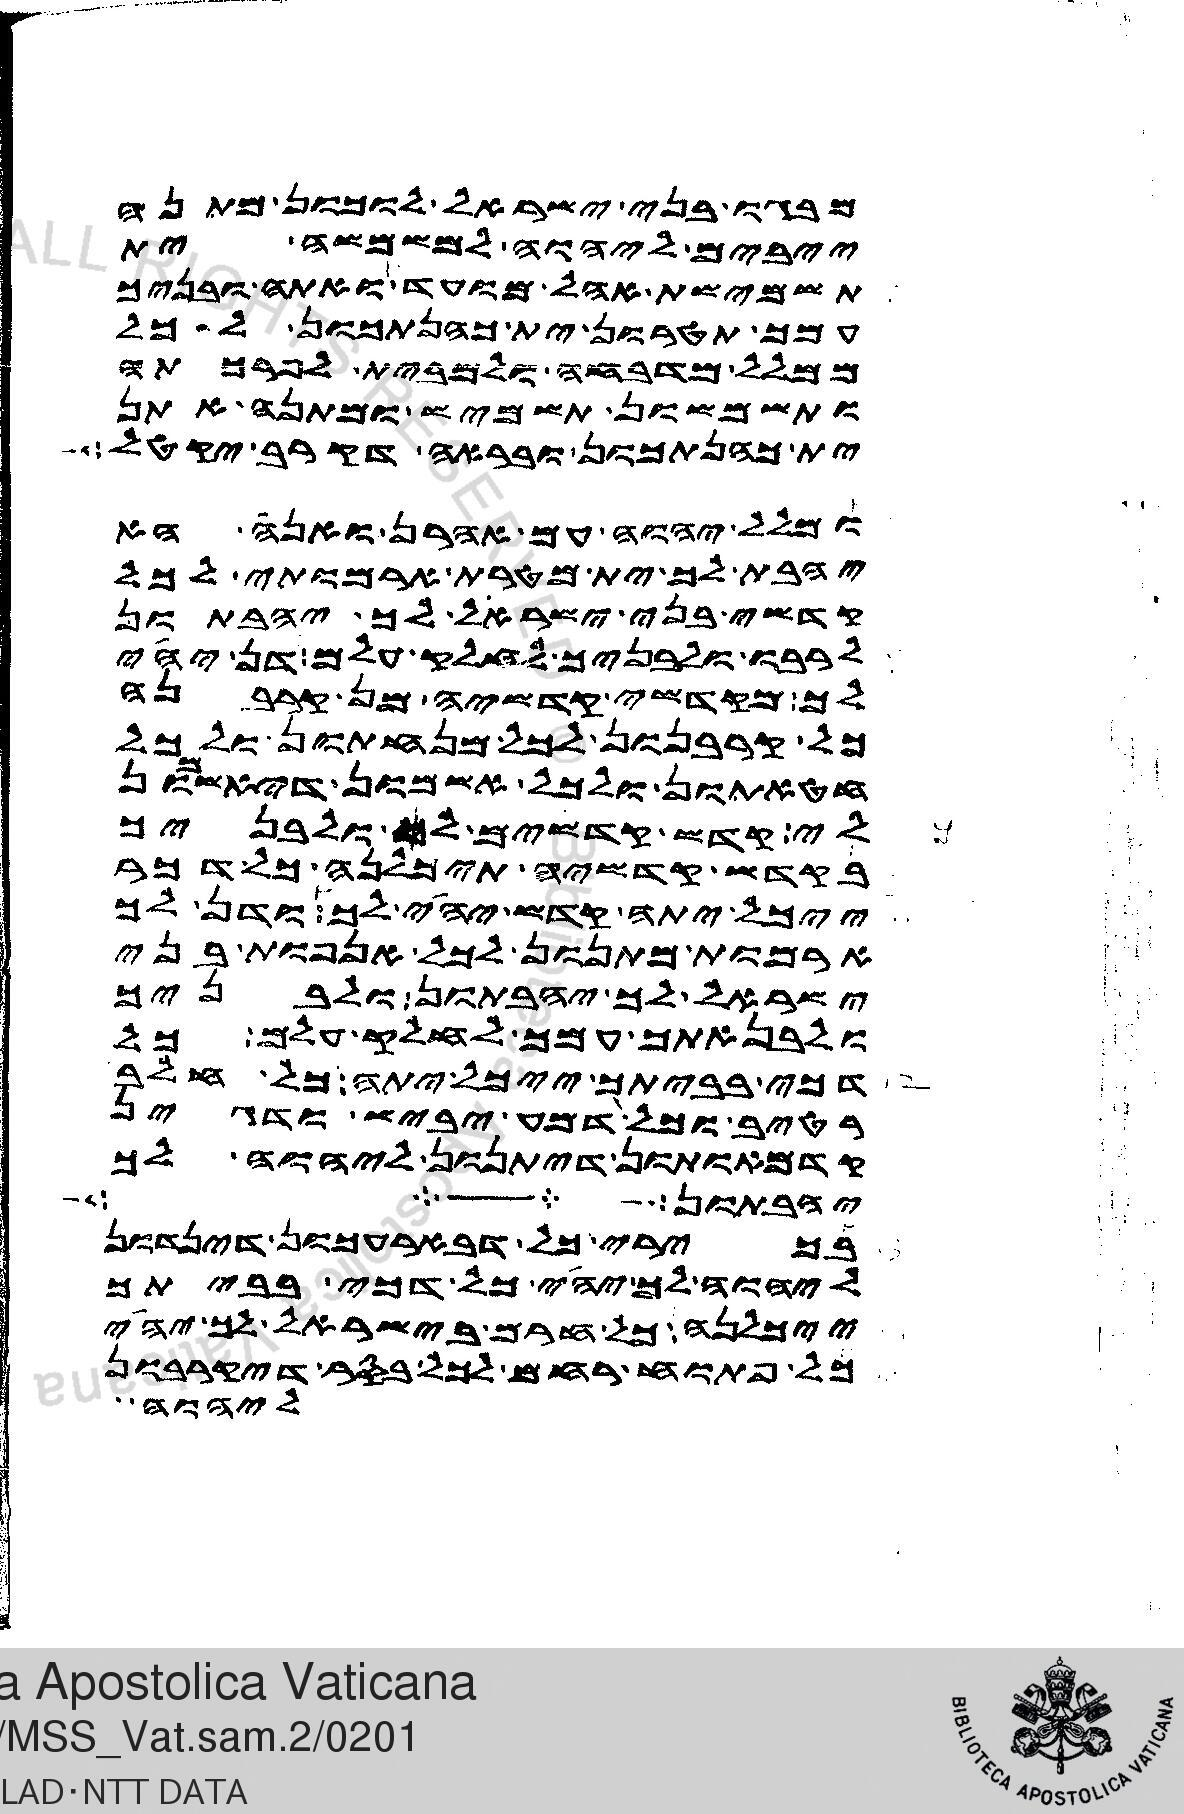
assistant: מבגו בני ישראל לוכון מתנה
ייבים ליהוה למשמשה ית
תשמישת אהל מועד ואתה ובניך
עמך תטרון ית כהנתכון לכל
ממלל מדבחה ולמבית לפרכתה
ותשמשון תשמיש ומתנה אתן
ית כהנתכון ובראה דקרב יקטל
ומלל יהוה עם אהרן ואנה הא
יהבת לך ית מטרת ארמותי לכל
קדשי בני ישראל לך יהבתון
לרבו ולבניך לחלק עלם דן יהי
לך מקדשי קדשיה מן קרבנה
כל קרבנון לכל מנחתון ולכל
חטאתון ולכל אשמון דיאשמון
לי קדש קדשים לך הוא ולבניך
בקדש קדשיה תיכלנה כל דכר
ייכל יתה קדש יהי לך ודן לך
ארמות מתנון לכל אנפות בני
ישראל לך יהבתון ולבניך
ולבנאתך עמך לחלק עלם כל
דכי בביתך ייכל יתה כל חלב
רטיב וכל דמע יביש ודגין
קדמאותון דיתנון ליהוה לך
יהון שבע
בכירי כל דבארעכון דינדון
ליהוה לך יהי כל דכי בביתך
ייכלנה כל חרם בישראל לך יהי
כל פתוח רחם לכל בסר דיקרבון
ליהוה